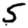
Digit: 5